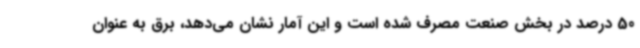
50 درصد در بخش صنعت مصرف شده است و این آمار نشان می‌دهد، برق به عنوان